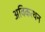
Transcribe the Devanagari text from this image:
अविकत्थन